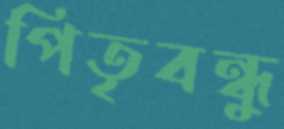
পিতৃবন্ধু